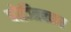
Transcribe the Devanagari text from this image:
पोञ्त्रिक्कर